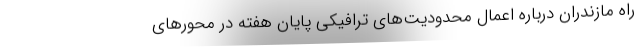
راه مازندران درباره اعمال محدودیت‌های ترافیکی پایان هفته در محورهای